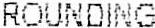
ROUNDING